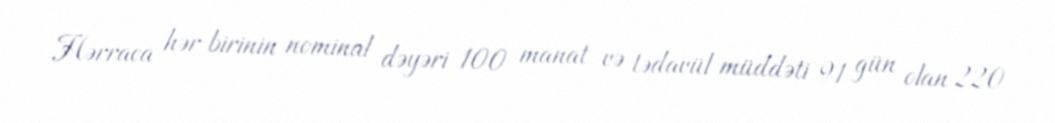
Hərraca hər birinin nominal dəyəri 100 manat və tədavül müddəti 91 gün olan 220